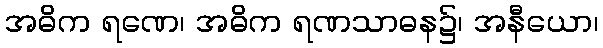
အဓိက ရဏေ၊ အဓိက ရဏသာဓန၌၊ အနီယော၊